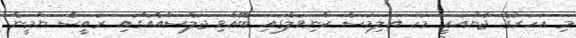
މި އަހަރުގެ ޖެނުއަރީ މަހު އަލިމަސް ކާނިވަލްގައި ބޭއްވި ޖަލްސާއެއްގައި ރައީސް ޔާމީން